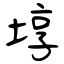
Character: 埻